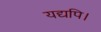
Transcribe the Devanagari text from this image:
यद्यपि।